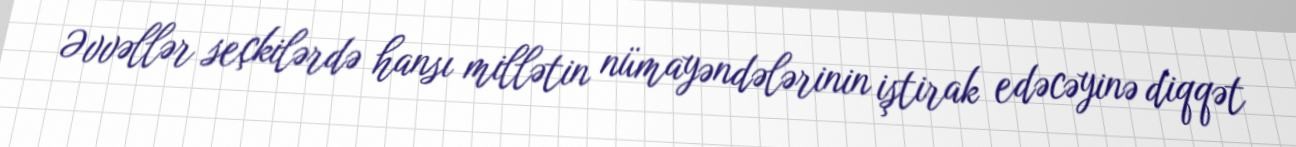
Əvvəllər seçkilərdə hansı millətin nümayəndələrinin iştirak edəcəyinə diqqət